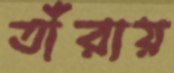
তাঁরায়